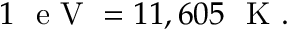
1 ~ \mathrm { ~ e ~ V ~ } = 1 1 , 6 0 5 ~ \mathrm { ~ K ~ } .